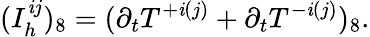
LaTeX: (I_{h}^{\mathit{i}j})_{8}=(\partial_{t}T^{+\mathit{i}(j)}+\partial_{t}T^{-\mathit{i}(j)})_{8}.